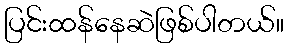
ပြင်းထန်နေဆဲဖြစ်ပါတယ်။